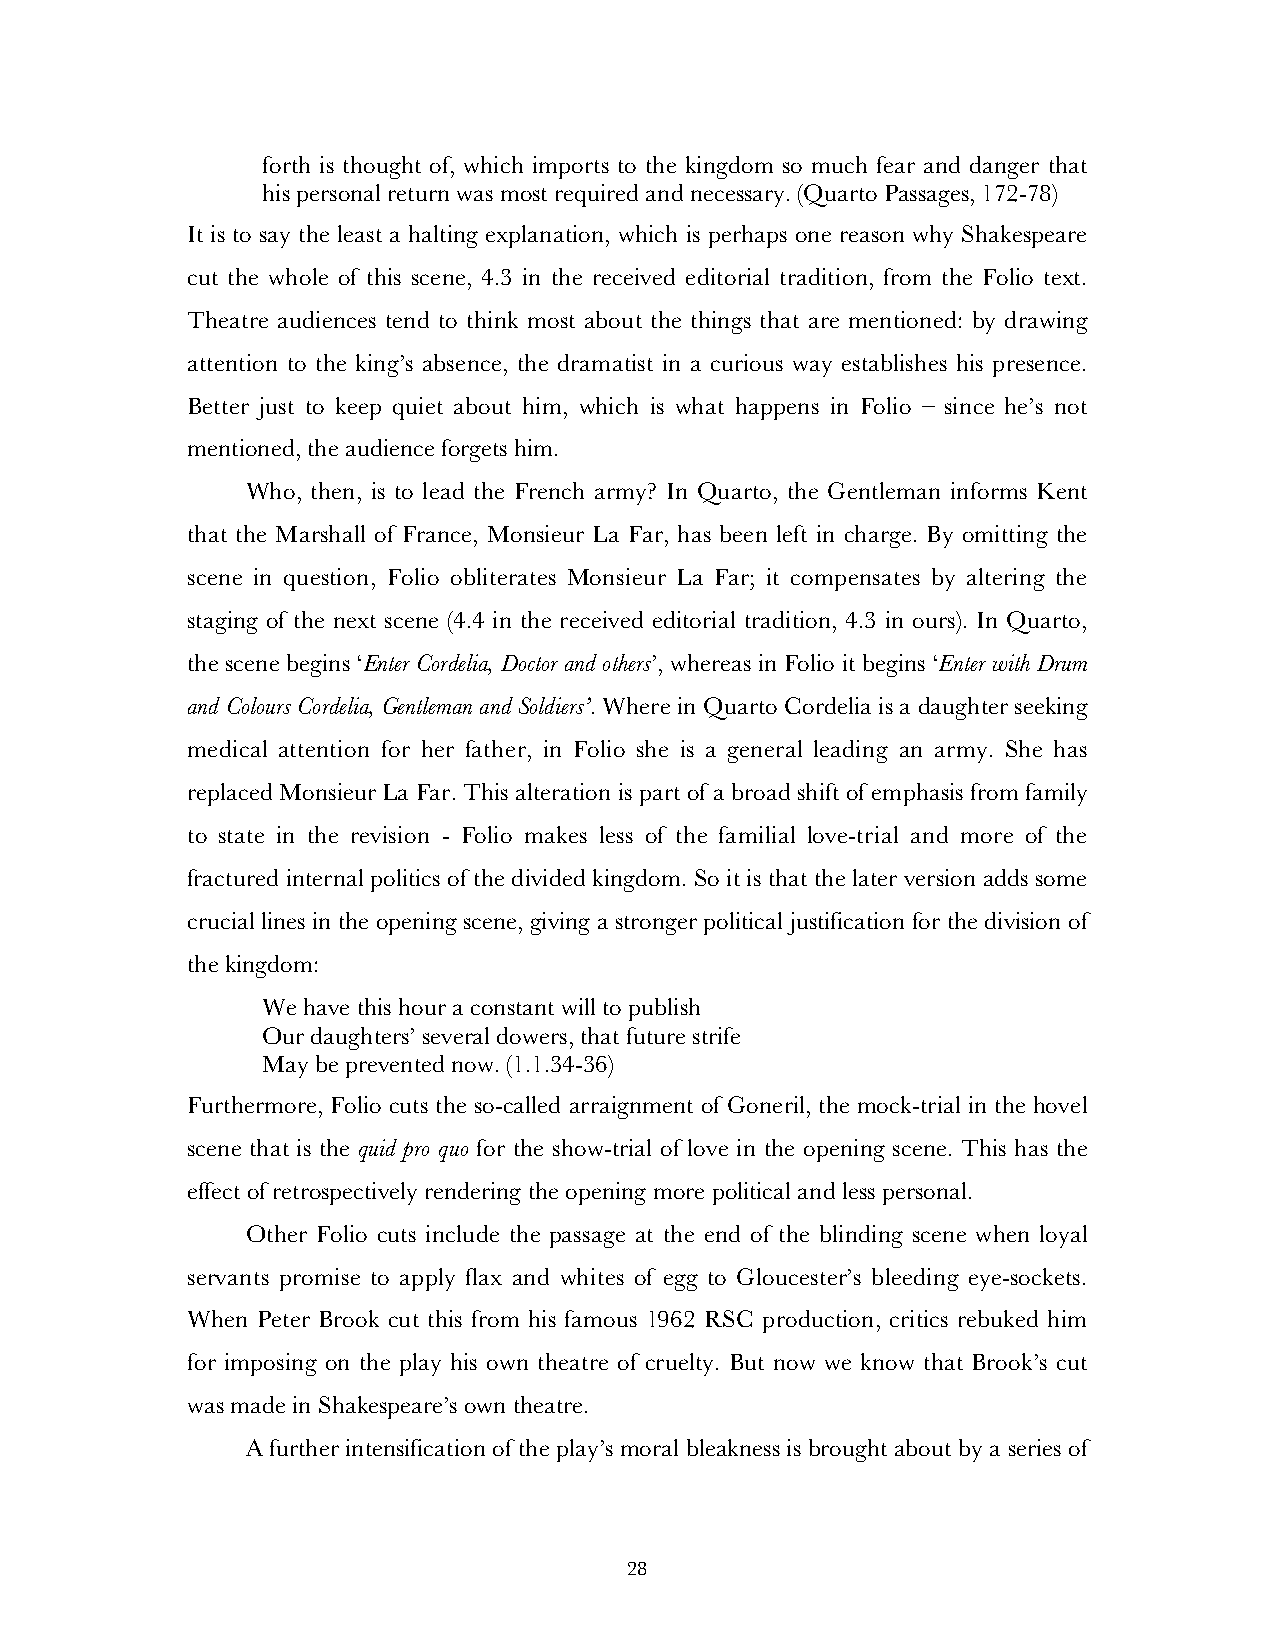
forth is thought of, which imports to the kingdom so much fear and danger that
 his personal return was most required and necessary. (Quarto Passages, 172-78)
 It is to say the least a halting explanation, which is perhaps one reason why Shakespeare
 cut the whole of this scene, 4.3 in the received editorial tradition, from the Folio text.
 Theatre audiences tend to think most about the things that are mentioned: by drawing
 attention to the king’s absence, the dramatist in a curious way establishes his presence.
 Better just to keep quiet about him, which is what happens in Folio – since he’s not
 mentioned, the audience forgets him.
 Who, then, is to lead the French army? In Quarto, the Gentleman informs Kent
 that the Marshall of France, Monsieur La Far, has been left in charge. By omitting the
 scene in question, Folio obliterates Monsieur La Far; it compensates by altering the
 staging of the next scene (4.4 in the received editorial tradition, 4.3 in ours). In Quarto,
 the scene begins ‘Enter Cordelia, Doctor and others’, whereas in Folio it begins ‘Enter with Drum
 and Colours Cordelia, Gentleman and Soldiers’. Where in Quarto Cordelia is a daughter seeking
 medical attention for her father, in Folio she is a general leading an army. She has
 replaced Monsieur La Far. This alteration is part of a broad shift of emphasis from family
 to state in the revision - Folio makes less of the familial love-trial and more of the
 fractured internal politics of the divided kingdom. So it is that the later version adds some
 crucial lines in the opening scene, giving a stronger political justification for the division of
 the kingdom:
 We have this hour a constant will to publish
 Our daughters’ several dowers, that future strife
 May be prevented now. (1.1.34-36)
 Furthermore, Folio cuts the so-called arraignment of Goneril, the mock-trial in the hovel
 scene that is the quid pro quo for the show-trial of love in the opening scene. This has the
 effect of retrospectively rendering the opening more political and less personal.
 Other Folio cuts include the passage at the end of the blinding scene when loyal
 servants promise to apply flax and whites of egg to Gloucester’s bleeding eye-sockets.
 When Peter Brook cut this from his famous 1962 RSC production, critics rebuked him
 for imposing on the play his own theatre of cruelty. But now we know that Brook’s cut
 was made in Shakespeare’s own theatre.
 A further intensification of the play’s moral bleakness is brought about by a series of
 28